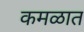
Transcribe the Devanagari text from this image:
कमळात